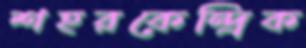
শহরকেন্দ্রিক